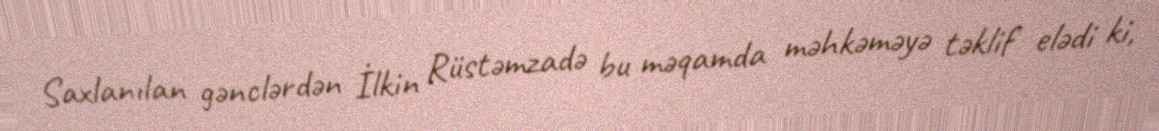
Saxlanılan gənclərdən İlkin Rüstəmzadə bu məqamda məhkəməyə təklif elədi ki,